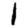
Digit: 1